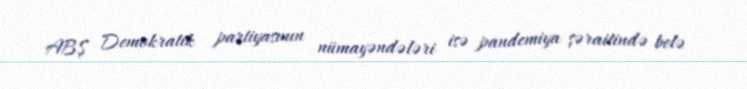
ABŞ Demokratik partiyasının nümayəndələri isə pandemiya şəraitində belə